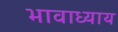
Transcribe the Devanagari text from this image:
भावाध्याय